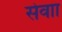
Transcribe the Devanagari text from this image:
सेवाा